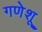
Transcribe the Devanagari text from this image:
गणेशू